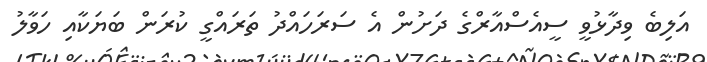
އަލިބެ ވިދާޅުވީ ސީއެސްއާރްގެ ދަށުން އެ ސަރަހައްދު ތަރައްގީ ކުރަން ބަޔަކާއި ހަވާލު